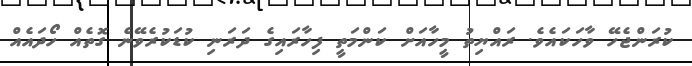
ކުރަންޖެހޭ ވާހަކައެވެ. ރައްޔިތު މީހާއަށް ކަންމަތީ ފިހާރައިގެ ދަރަނި ކުޑަކުރެވޭނެ ގޮތެއް ހޯދައެއް